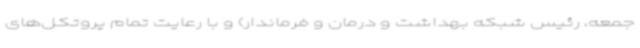
جمعه، رئیس شبکه بهداشت و درمان و فرماندار) و با رعایت تمام پروتکل‌های